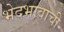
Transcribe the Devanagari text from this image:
भेदभावाची